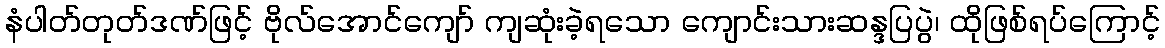
နံပါတ်တုတ်ဒဏ်ဖြင့် ဗိုလ်အောင်ကျော် ကျဆုံးခဲ့ရသော ကျောင်းသားဆန္ဒပြပွဲ၊ ထိုဖြစ်ရပ်ကြောင့်